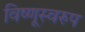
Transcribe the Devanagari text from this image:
विष्णूस्वरुप